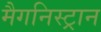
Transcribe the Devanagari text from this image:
मैगनिस्ट्रान